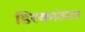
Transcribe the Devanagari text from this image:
डिस्कांउट।